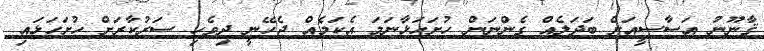
ޤާނޫނު އަސާސީއަށް ބަދަލެއް ގެންނަން ހުށަހަޅާނަމަ އެކަމެއް ޖެހޭނީ ދިވެހި ސަރުކާރަށް ހުށަހަޅައި